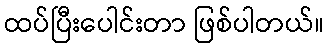
ထပ်ပြီးပေါင်းတာ ဖြစ်ပါတယ်။